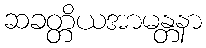
ဆခတ္တိယအာမန္တနာ